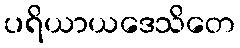
ပရိယာယဒေသိတေ